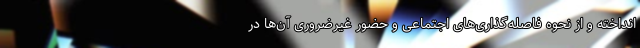
انداخته و از نحوه فاصله‌گذاری‌های اجتماعی و حضور غیرضروری آن‌ها در